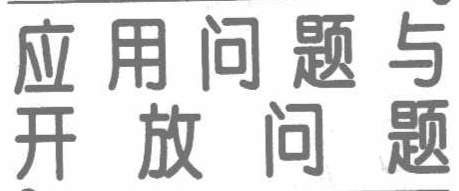
应用问题与开放问题